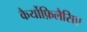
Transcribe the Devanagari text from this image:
कैर्योफ़िलैसिए